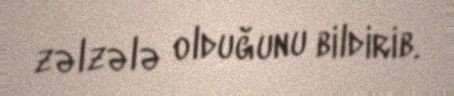
zəlzələ olduğunu bildirib.